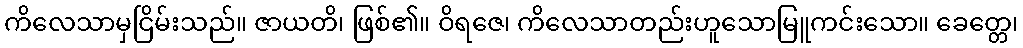
ကိလေသာမှငြိမ်းသည်။ ဇာယတိ၊ ဖြစ်၏။ ဝိရဇေ၊ ကိလေသာတည်းဟူသောမြူကင်းသော။ ခေတ္တေ၊